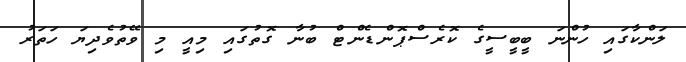
ލަންކާގައި ހުންނަ ބީބީސީގެ ކޮރެސްޕޮންޑެންޓް ބުނާ ގޮތުގައި މިއީ މި ވޭތުވެދިޔަ ހަތަރު